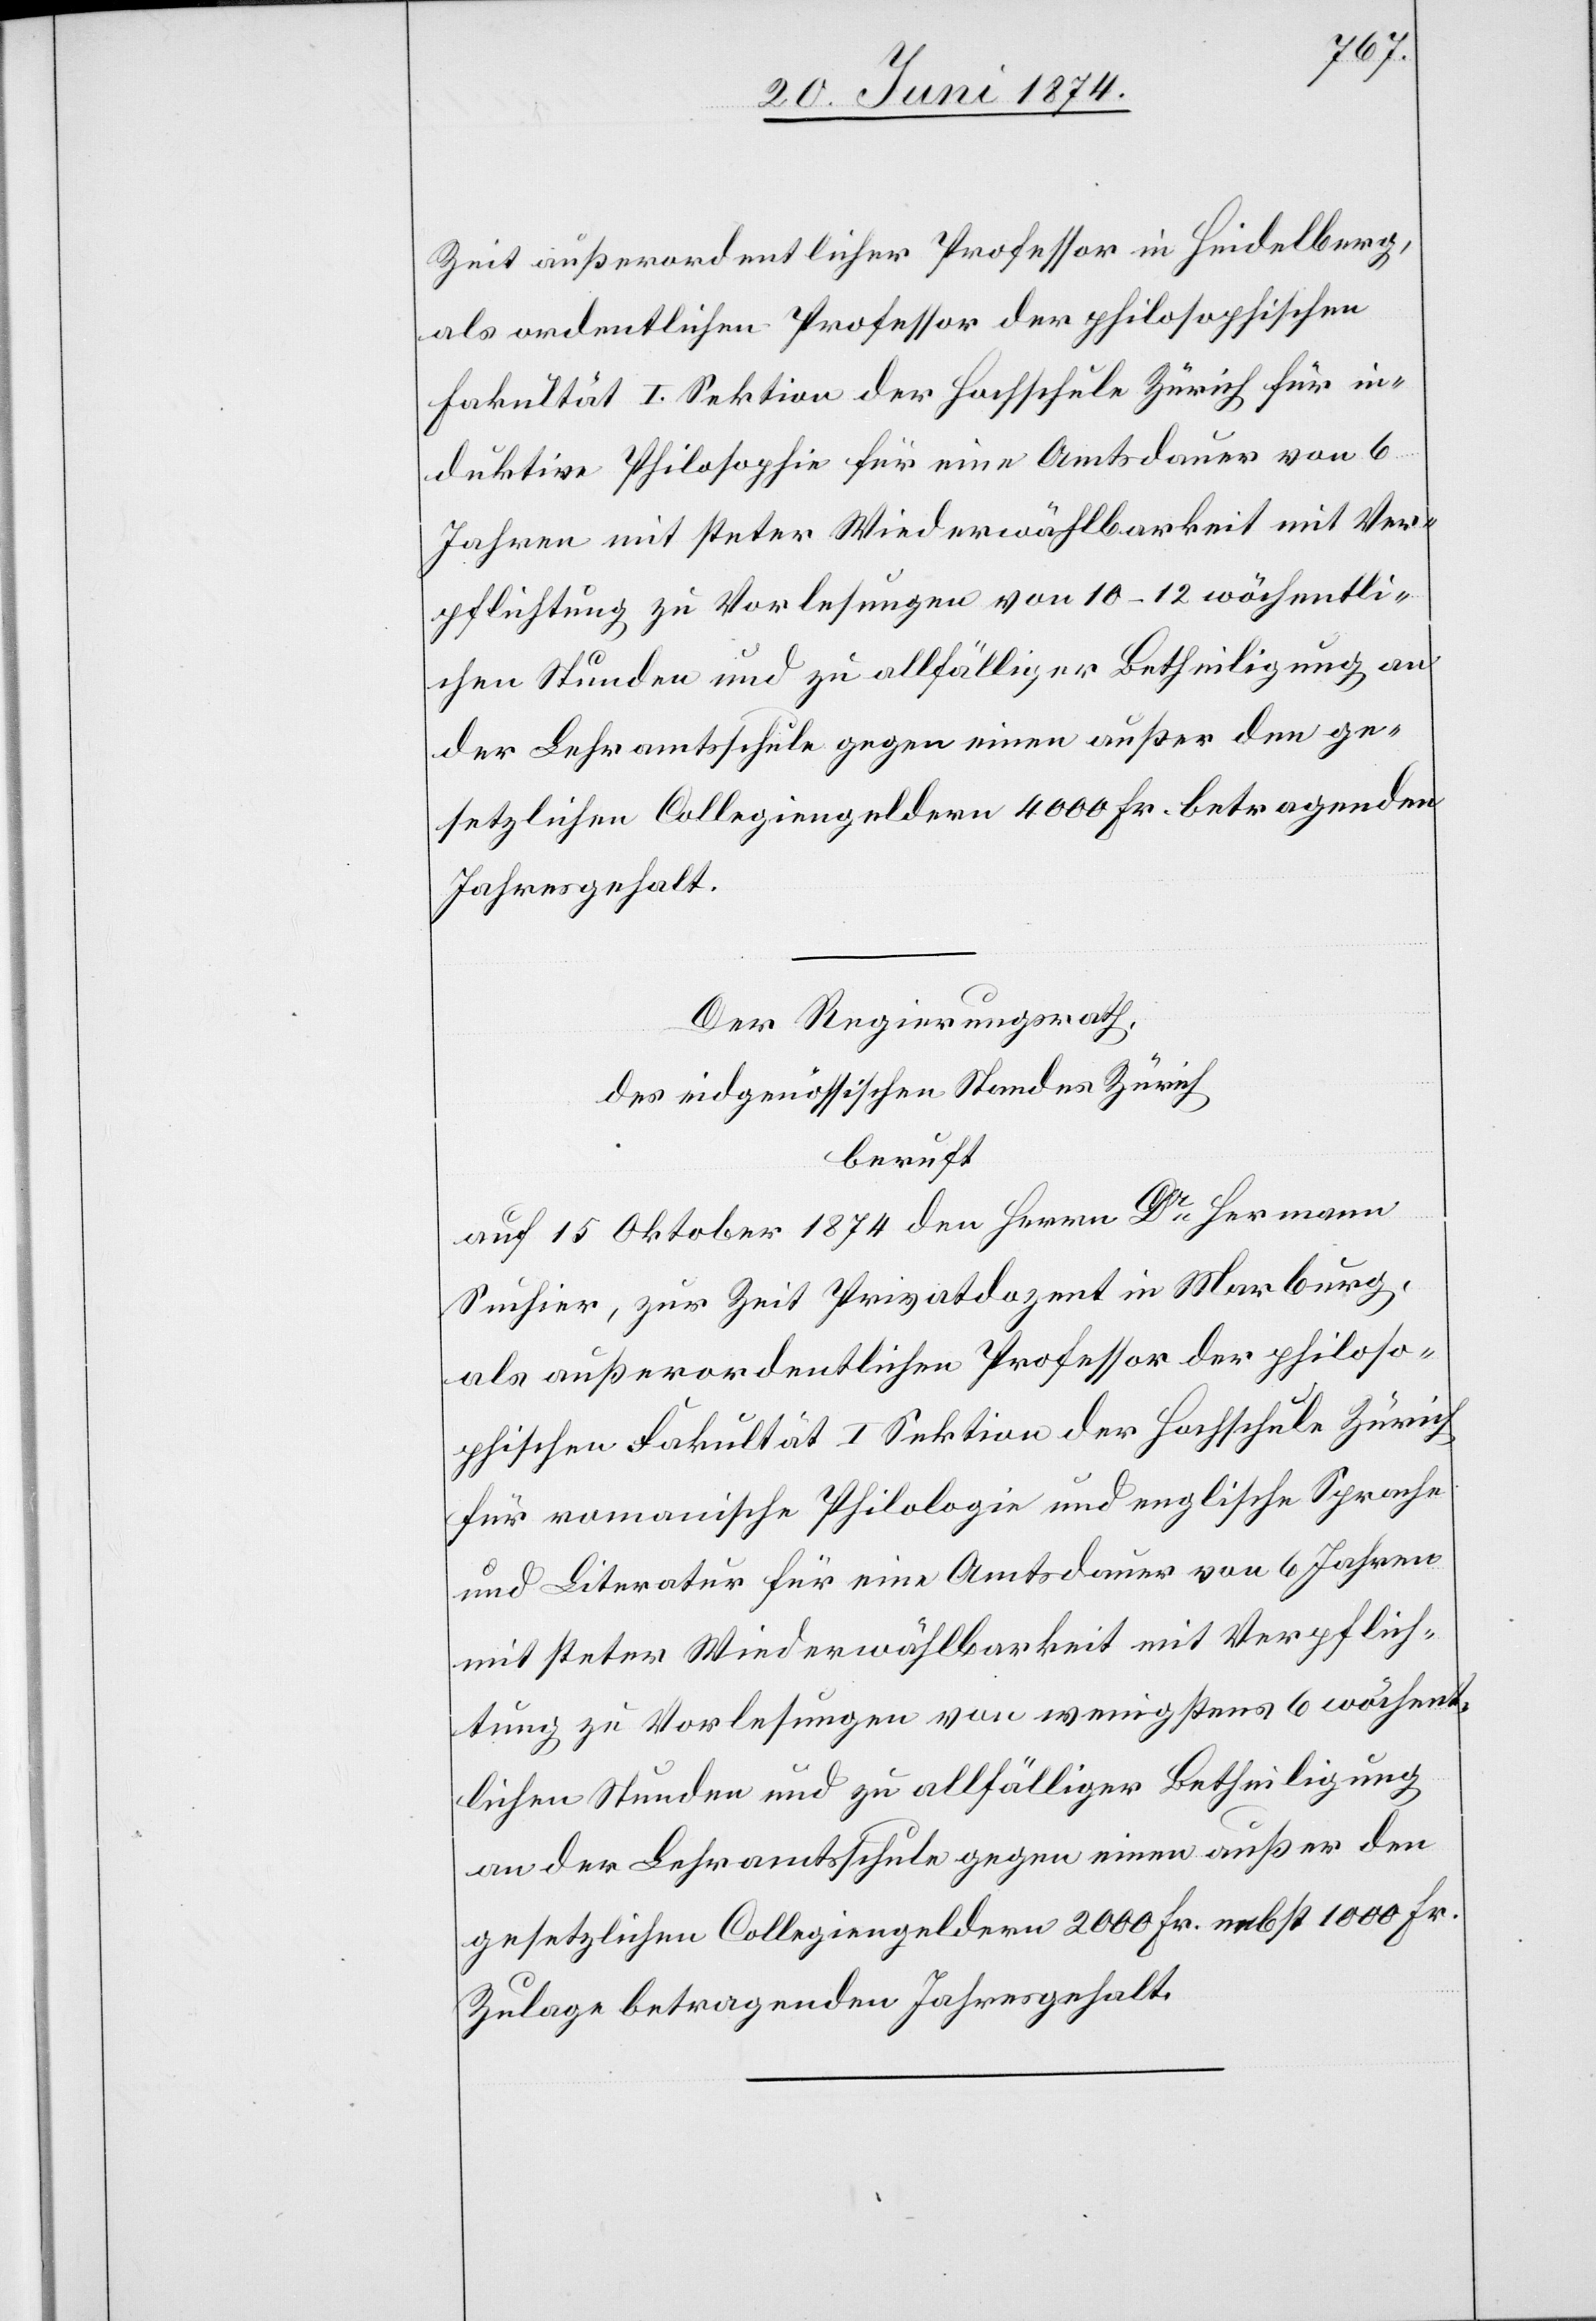
Zeit außerordentlicher Professor in Heidelberg,
als ordentlichen Professor der philosophischen
Fakultät I. Sektion der Hochschule Zürich für in¬
duktive Philosophie für eine Amtsdauer von 6
Jahren mit steter Wiederwählbarkeit mit Ver¬
pflichtung zu Vorlesungen von 10–12 wöchentli¬
chen Stunden und zu allfälliger Betheiligung an
der Lehramtsschule gegen einen außer den ge¬
setzlichen Collegiengeldern 4000 Fr. betragenden
Jahresgehalt.
Der Regierungsrath,
des eidgenössischen Standes Zürich
beruft
auf 15. Oktober 1874 den Herrn Dr Hermann
Suchier, zur Zeit Privatdozent in Marburg,
als außerordentlichen Professor der philoso¬
phischen Fakultät I. Sektion der Hochschule Zürich
für romanische Philologie und englische Sprache
und Literatur für eine Amtsdauer von 6 Jahren
mit steter Wiederwählbarkeit mit Verpflich¬
tung zu Vorlesungen von wenigstens 6 wöchent¬
lichen Stunden und zu allfälliger Betheiligung
an der Lehramtsschule gegen einen außer den
gesetzlichen Collegiengeldern 2000 Fr. nebst 1000 Fr.
Zulage betragenden Jahresgehalt.